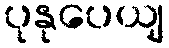
ပုနုပေယျ